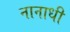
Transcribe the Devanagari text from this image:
नानाधी